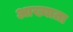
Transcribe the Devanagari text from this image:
आख्याता